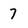
Character: 7